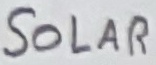
Text: SOLAR